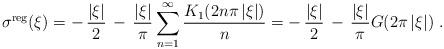
LaTeX: \begin{align*}\sigma^{\rm reg}(\xi) = -\, {|\xi|\over 2}\, -\,{ |\xi| \over \pi}\sum_{n=1}^\infty {K_1(2 n \pi\,|\xi|)\over n} = -\, {|\xi|\over 2}\, -\,{|\xi| \over \pi}G(2\pi\,|\xi|) \ .\end{align*}